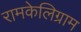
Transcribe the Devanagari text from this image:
रामकेलिग्राम